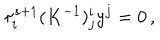
\tau _ { i } ^ { s + 1 } ( K ^ { - 1 } ) _ { j } ^ { i } y ^ { j } = 0 \, ,